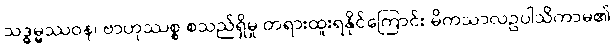
သဒ္ဓမ္မဿဝန၊ ဗာဟုဿစ္စ စသည်ရှိမှု တရားထူးရနိုင်ကြောင်း မိကသာလဥပါသိကာမ၏